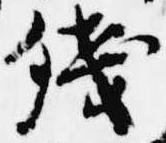
残